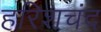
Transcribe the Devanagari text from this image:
हरिशचंद